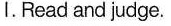
I.Read and judge.